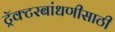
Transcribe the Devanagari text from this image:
ट्रॅक्टरबांधणीसाठी